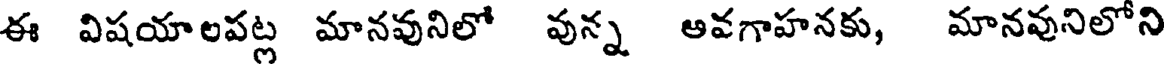
ఈ విషయాలపట్ల మానవునిలో వున్న అవగాహనకు, మానవునిలోని